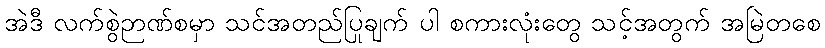
အဲဒီ လက်စွဲဉာဏ်စမှာ သင်အတည်ပြုချက် ပါ စကားလုံးတွေ သင့်အတွက် အမြဲတစေ